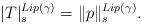
LaTeX: \begin{align*}\lvert T \rvert_s^{Lip(\gamma)}=\lVert p \rVert_s^{Lip(\gamma)}.\end{align*}